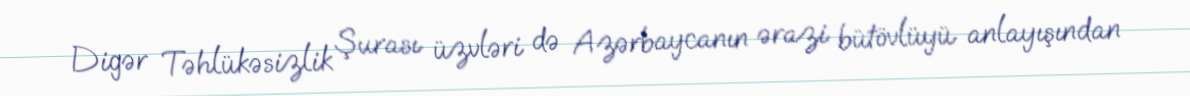
Digər Təhlükəsizlik Şurası üzvləri də Azərbaycanın ərazi bütövlüyü anlayışından